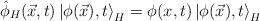
LaTeX: \begin{align*}\hat{\phi }_{H}(\vec{x},t)\left| \phi (\vec{x}),t\right> _{H}=\phi (x,t)\left| \phi (\vec{x}),t\right> _{H}\end{align*}